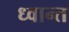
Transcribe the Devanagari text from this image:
ध्वान्त